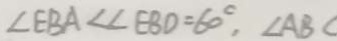
\angle E B A < \angle E B D = 6 0 ^ { \circ } , \angle A B C